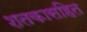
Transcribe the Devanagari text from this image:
शतकासहित